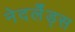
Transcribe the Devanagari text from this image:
नेदर्लँड्स